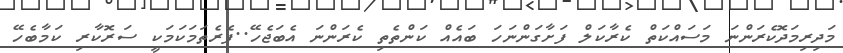
މަދިރިމަދޮކެރަންނަ މަސައްކަތް ކެރާކަލް ފަށާގަންނަހަ ބައެއް ކަންތެތި ކެރަންނަ އެބަޖެހޭ..ފެރެތަމަކަމަކީ ސަރޮކާރި ކަމާބެހޭ